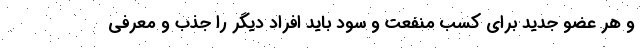
و هر عضو جدید برای کسب منفعت و سود باید افراد دیگر را جذب و معرفی